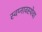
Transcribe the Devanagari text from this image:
स्वप्नावस्थेचा